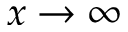
x \to \infty